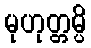
မုဟုတ္တမ္ပိ